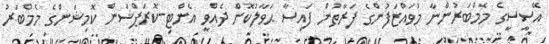
އޭސީސީގެ މެމްބަރުންނާ މުވައްޒަފުންގެ ފަރާތުން ފައިސާ ޙަވާލުކޮށް ދެއްވީ އެންޓި-ކޮރަޕްޝަން ކޮމިޝަންގެ މެމްބަރު